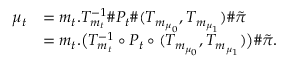
\begin{array} { r l } { \mu _ { t } } & { = m _ { t } . T _ { m _ { t } } ^ { - 1 } \# P _ { t } \# ( T _ { m _ { \mu _ { 0 } } } , T _ { m _ { \mu _ { 1 } } } ) \# \tilde { \pi } } \\ & { = m _ { t } . \big ( T _ { m _ { t } } ^ { - 1 } \circ P _ { t } \circ ( T _ { m _ { \mu _ { 0 } } } , T _ { m _ { \mu _ { 1 } } } ) \big ) \# \tilde { \pi } . } \end{array}